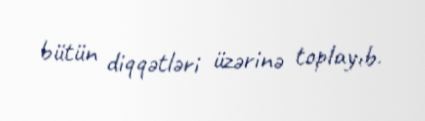
bütün diqqətləri üzərinə toplayıb.